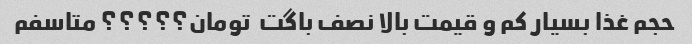
حجم غذا بسیار کم و قیمت بالا نصف باگت  تومان؟؟؟؟؟ متاسفم